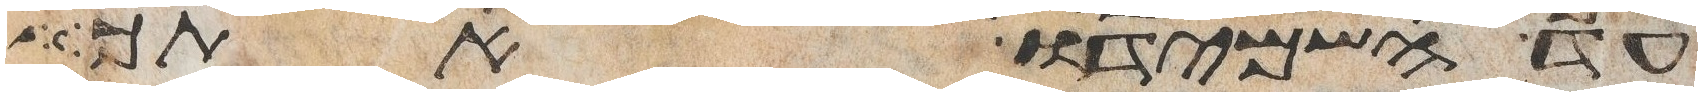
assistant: עד השמידו אתך